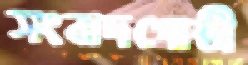
সংবাদগোষ্ঠী